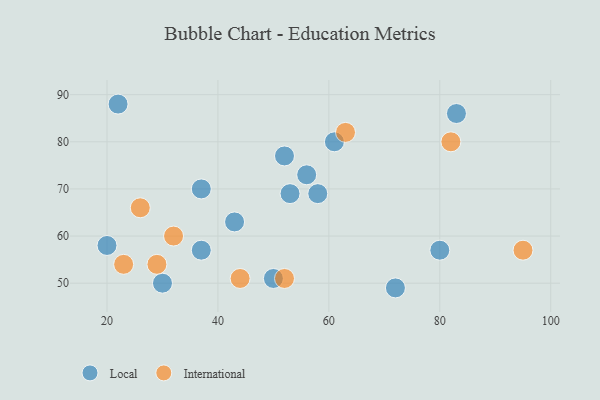
{"axis": {"x": "GDP", "y": "Life Expectancy"}, "legend": ["International", "Local"], "data": [{"x": "53", "y": 69, "type": "Local"}, {"x": "50", "y": 51, "type": "Local"}, {"x": "58", "y": 69, "type": "Local"}, {"x": "30", "y": 50, "type": "Local"}, {"x": "72", "y": 49, "type": "Local"}, {"x": "83", "y": 86, "type": "Local"}, {"x": "80", "y": 57, "type": "Local"}, {"x": "22", "y": 88, "type": "Local"}, {"x": "61", "y": 80, "type": "Local"}, {"x": "20", "y": 58, "type": "Local"}, {"x": "43", "y": 63, "type": "Local"}, {"x": "52", "y": 77, "type": "Local"}, {"x": "56", "y": 73, "type": "Local"}, {"x": "37", "y": 57, "type": "Local"}, {"x": "37", "y": 70, "type": "Local"}, {"x": "82", "y": 80, "type": "International"}, {"x": "26", "y": 66, "type": "International"}, {"x": "44", "y": 51, "type": "International"}, {"x": "95", "y": 57, "type": "International"}, {"x": "23", "y": 54, "type": "International"}, {"x": "52", "y": 51, "type": "International"}, {"x": "32", "y": 60, "type": "International"}, {"x": "29", "y": 54, "type": "International"}, {"x": "63", "y": 82, "type": "International"}]}